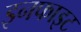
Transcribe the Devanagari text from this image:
इनफाइट